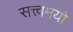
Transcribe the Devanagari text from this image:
सत्त्वमयो